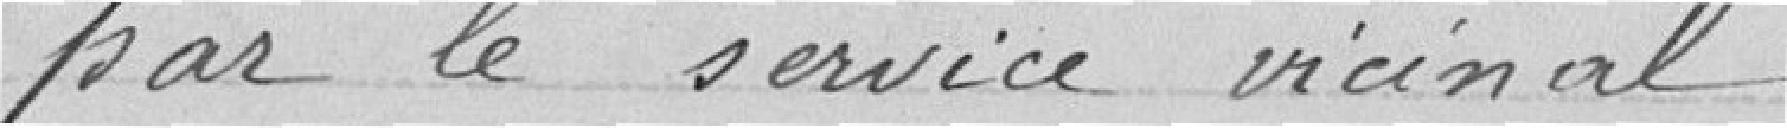
par le service vicinal.